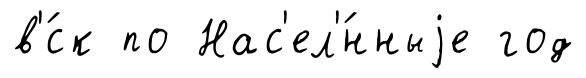
в'́ск по Нас'ел'́нныjе год